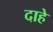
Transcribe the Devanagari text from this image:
दाहे